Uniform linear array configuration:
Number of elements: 12
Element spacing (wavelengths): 0.25
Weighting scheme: cosine
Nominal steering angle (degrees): -30
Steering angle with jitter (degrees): -31.173
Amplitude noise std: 0.05
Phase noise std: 0.05

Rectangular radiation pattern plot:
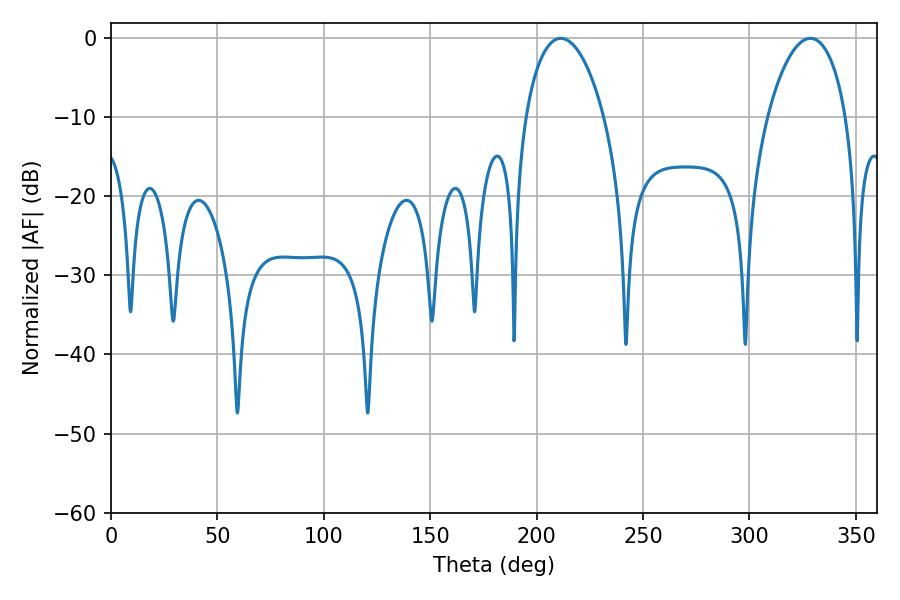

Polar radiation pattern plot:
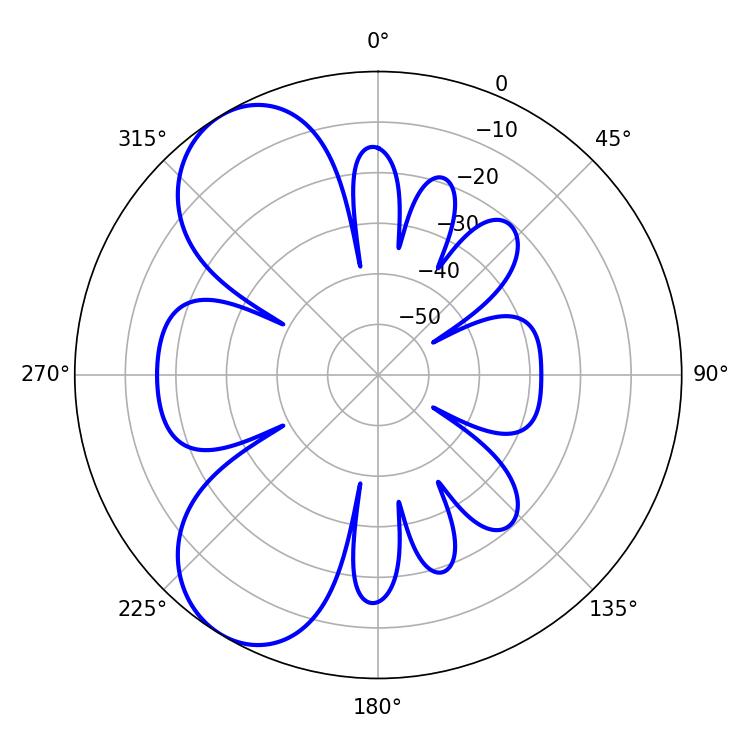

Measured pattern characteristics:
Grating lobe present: FALSE
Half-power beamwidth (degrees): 21.06
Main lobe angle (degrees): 211.32